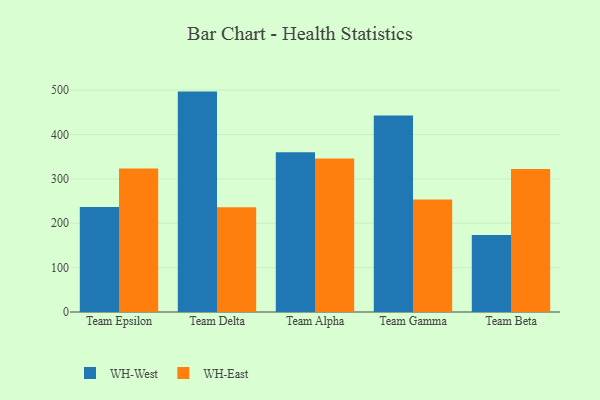
{"axis": {"x": "Team", "y": "Revenue (USD Million)"}, "legend": ["WH-East", "WH-West"], "data": [{"x": "Team Epsilon", "y": 236.4, "type": "WH-West"}, {"x": "Team Epsilon", "y": 323.6, "type": "WH-East"}, {"x": "Team Delta", "y": 496.6, "type": "WH-West"}, {"x": "Team Delta", "y": 236.3, "type": "WH-East"}, {"x": "Team Alpha", "y": 360.0, "type": "WH-West"}, {"x": "Team Alpha", "y": 345.8, "type": "WH-East"}, {"x": "Team Gamma", "y": 442.9, "type": "WH-West"}, {"x": "Team Gamma", "y": 253.6, "type": "WH-East"}, {"x": "Team Beta", "y": 173.4, "type": "WH-West"}, {"x": "Team Beta", "y": 322.1, "type": "WH-East"}]}